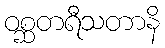
ဝစ္ဆတရီသတာနိ